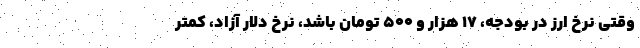
وقتی نرخ ارز در بودجه، ۱۷ هزار و ۵۰۰ تومان باشد، نرخ دلار آزاد، کمتر